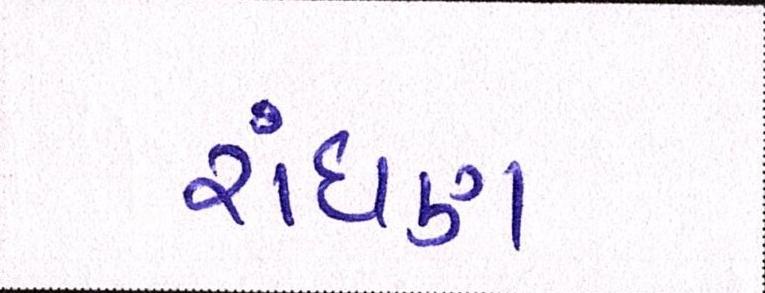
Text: રાંધણ